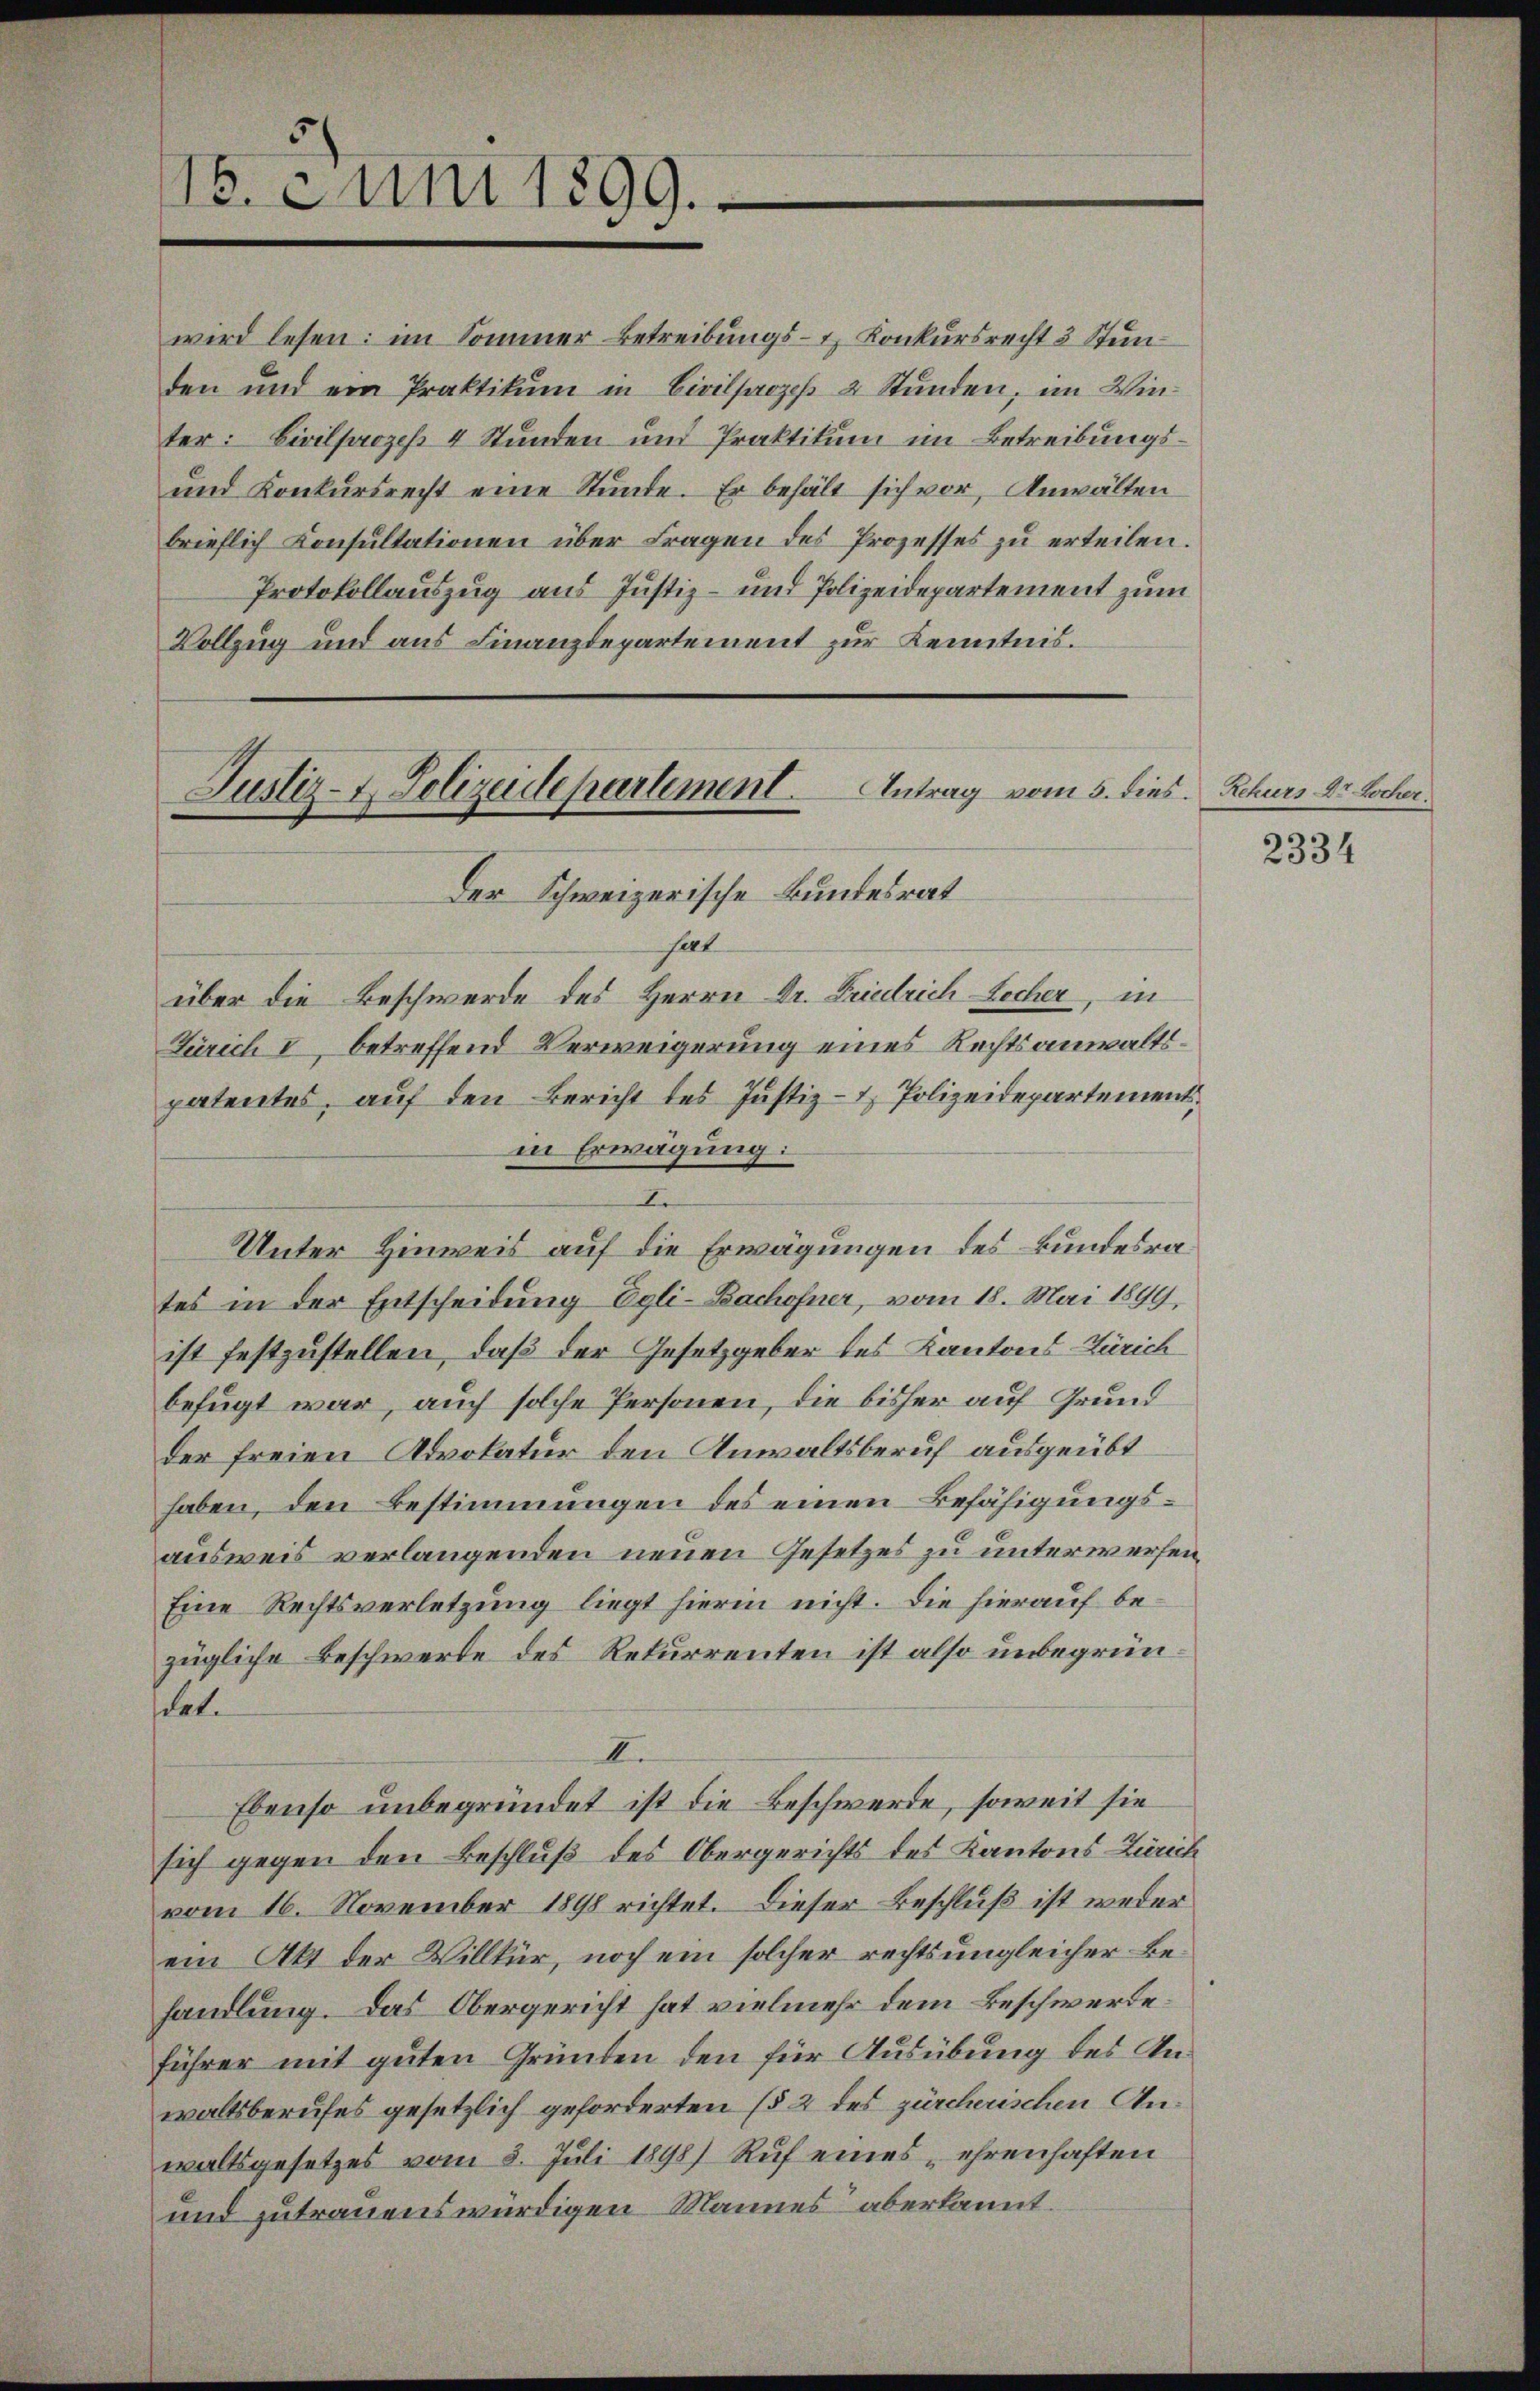
wird lesen: im Sommer Betreibungs- & Konkursrecht 3 Stunden und ein Praktikum in Civilprozeß 2 Stŭnden, im Win-
ter: Civilprozeß 4 Stunden und Praktikum im Betreibungs¬
und Konkursrecht eine Stunde. Er behält sich vor, Anwälten
brieflich Konsultationen über Fragen des Prozesses zŭ erteilen.
Protokollauszug aus Justiz- und Polizeidepartement zum
Vollzug und aus Finanzdepartement zur Kenntnis.

16. Juni 1899.

Justiz- & Polizeidepartement. Antrag vom 5. dies. Rekurs. Dr Locher.
Der Schweizerische Bundesrat

hat
über die Beschwerde des Herrn Dr. Friedrich Locher, in
Zürich I, betreffend Verweigerung eines Rechtsanwaltspatentes, auf den Bericht des Justiz- & Polizeidepartement.
in Erwägung:
I.
Unter Hinweis auf die Erwägungen des Bundesrates in der Entscheidung Egli-Bachofner, vom 18. Mai 1899,
ist festzustellen, daß der Gesetzgeber des Kantons-Zürich
befugt war, auch solche Personen, die bisher auf Grundder freien Advokatur den Anwaltsberuf ausgeübt
haben, den Bestimmungen des einen Befähigungsausweis verlangenden neuen Gesetzes zu unterwerfen,
Eine Rechtsverletzung liegt hierin nicht. Die hierauf bezügliche Beschwerte des Rekurrenten ist also unbegründet.
I.
Ebenso unbegründet ist die Beschwerde, soweit sie
sich gegen den Beschluß des Obergerichts des Kantons Zürich
vom 16. November 1898 richtet. Dieser Beschluß ist weder
ein Akt der Willkür, noch ein solcher rechts ungleicher Behandlung. Das Obergericht hat vielmehr dem Beschwerde.
führer mit guten Gründen den für Ausübung des Anwaltsberufes gesetzlich geforderten (§ 2 des zürcherischen Anwaltsgesetzes vom 8. Juli 1898) Ruf eines „ehrenhaften
und zutrauenswürdigen Mannes aberkannt.

2334